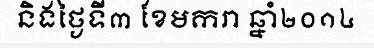
និងថ្ងៃទី៣ ខែមករា ឆ្នាំ២០១៤